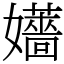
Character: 𡤑